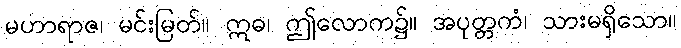
မဟာရာဇ၊ မင်းမြတ်။ ဣဓ၊ ဤလောက၌။ အပုတ္တကံ၊ သားမရှိသော။